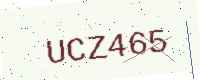
Text: UCZ465